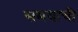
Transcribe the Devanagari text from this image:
समयाची